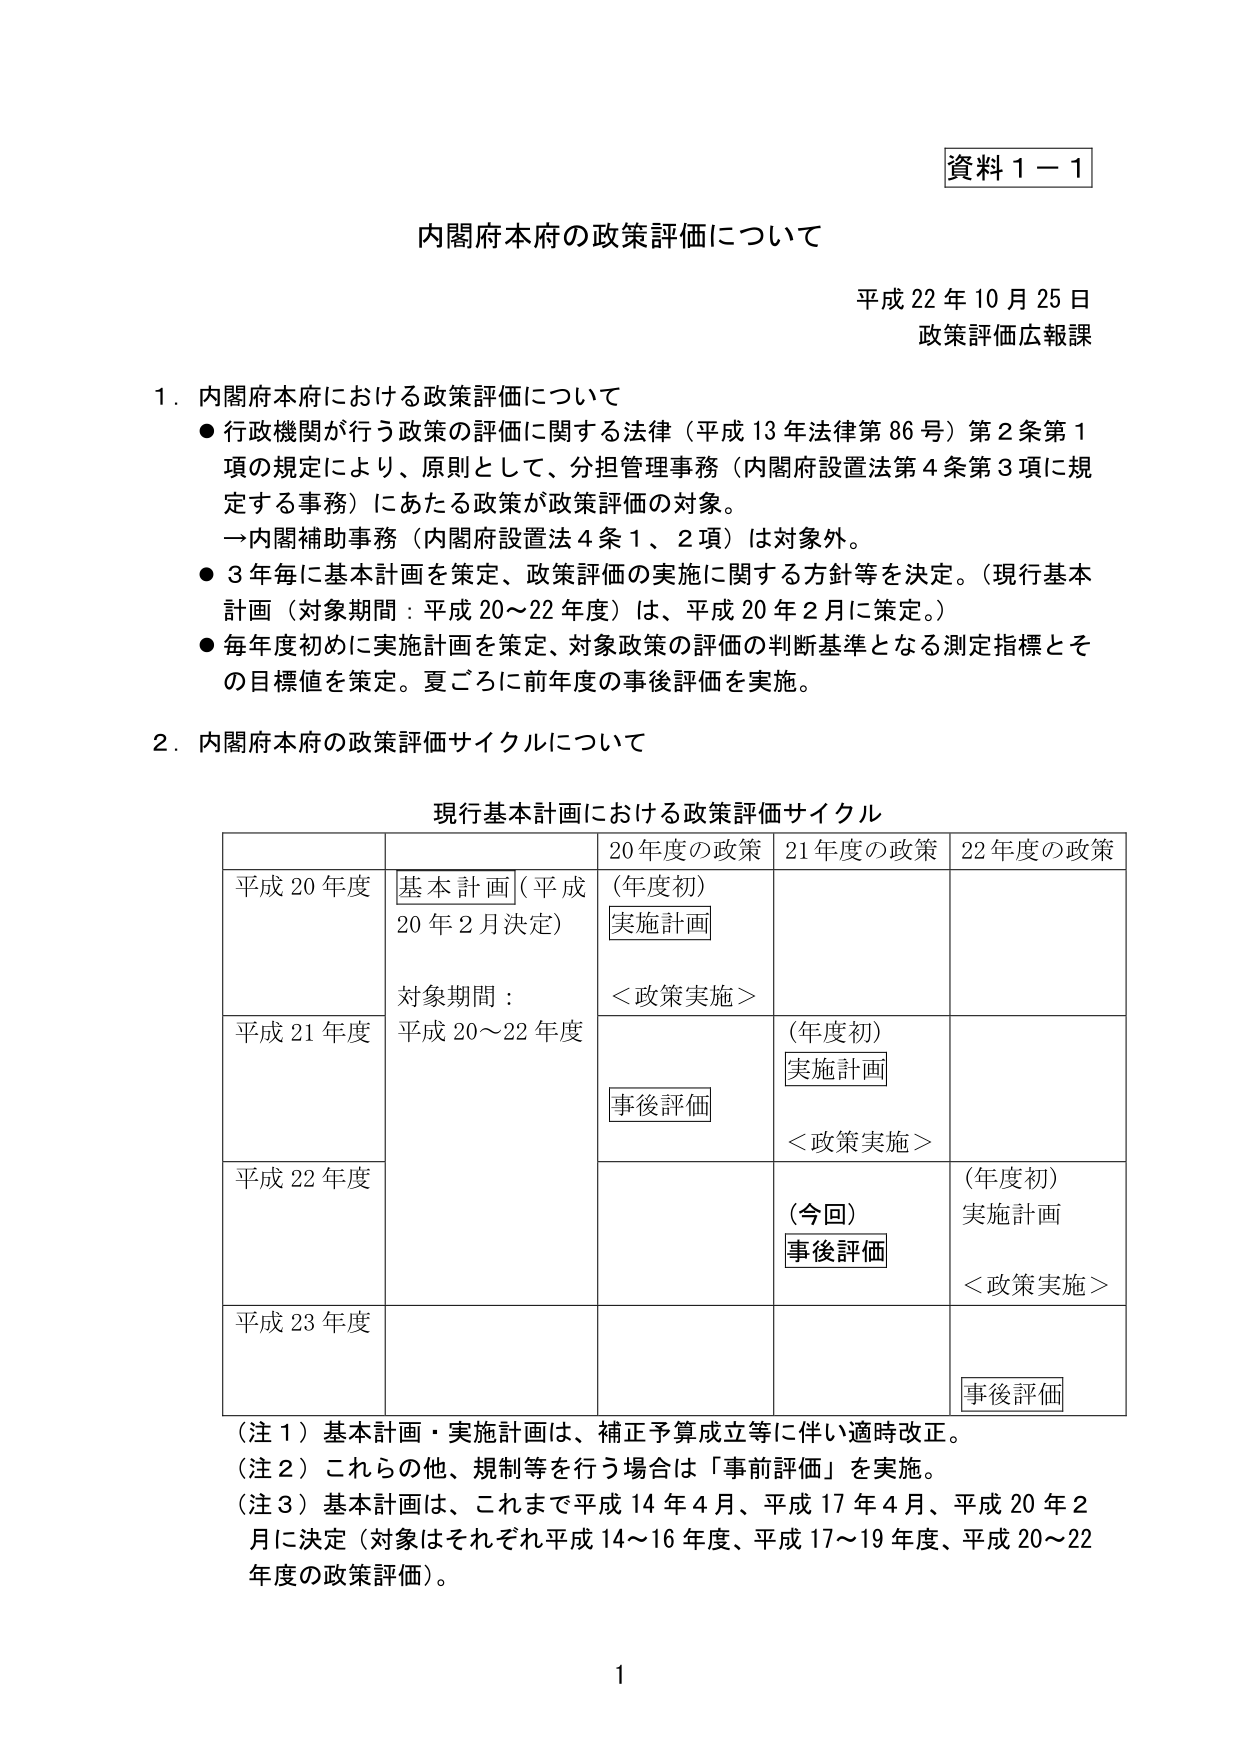
資料１－１

内閣府本府の政策評価について

平成22年10月25日
政策評価広報課

１．内閣府本府における政策評価について
● 行政機関が行う政策の評価に関する法律（平成13年法律第86号）第2条第1項の規定により、原則として、分担管理事務（内閣府設置法第4条第3項に規定する事務）にあたる政策が政策評価の対象。
→内閣補助事務（内閣府設置法4条1、2項）は対象外。
● 3年毎に基本計画を策定、政策評価の実施に関する方針等を決定。（現行基本計画（対象期間：平成20～22年度）は、平成20年2月に策定。）
● 毎年度初めに実施計画を策定、対象政策の評価の判断基準となる測定指標とその目標値を策定。夏ごろに前年度の事後評価を実施。

２．内閣府本府の政策評価サイクルについて

現行基本計画における政策評価サイクル

| | | 20年度の政策 | 21年度の政策 | 22年度の政策 |
|---|---|---|---|---|
| 平成20年度 | 基本計画（平成20年2月決定）<br>対象期間：平成20～22年度 | （年度初）<br>実施計画<br><br>＜政策実施＞ | | |
| 平成21年度 | | | （年度初）<br>実施計画<br><br>事後評価<br><br>＜政策実施＞ | |
| 平成22年度 | | | （今回）<br>事後評価 | （年度初）<br>実施計画<br><br>＜政策実施＞ |
| 平成23年度 | | | | 事後評価 |

（注１）基本計画・実施計画は、補正予算成立等に伴い適時改正。
（注２）これの他、規制等を行う場合は「事前評価」を実施。
（注３）基本計画は、これまで平成14年4月、平成17年4月、平成20年2月に決定（対象はそれぞれ平成14～16年度、平成17～19年度、平成20～22年度の政策評価）。

1